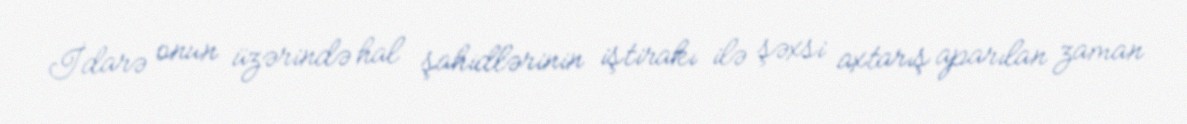
İdarə onun üzərində hal şahidlərinin iştirakı ilə şəxsi axtarış aparılan zaman